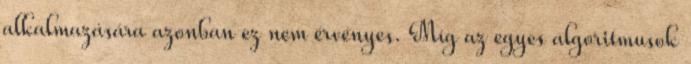
alkalmazására azonban ez nem érvényes. Míg az egyes algoritmusok